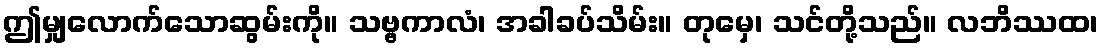
ဤမျှလောက်သောဆွမ်းကို။ သဗ္ဗကာလံ၊ အခါခပ်သိမ်း။ တုမှေ၊ သင်တို့သည်။ လဘိဿထ၊